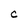
Character: C